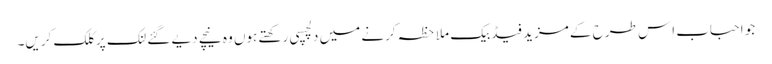
جو احباب اِس طرح کے مزید فیڈبیک ملاحظہ کرنے میں دلچسپی رکھتے ہوں وہ نیچے دیے گئے لنک پر کلک کریں۔